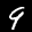
Label: 9